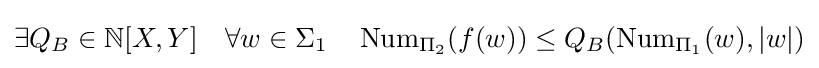
\exists Q_{B}\in \mathbb {N} [X,Y]\quad \forall w\in \Sigma _{1}\quad \operatorname {Num} _{\Pi _{2}}(f(w))\leq Q_{B}(\operatorname {Num} _{\Pi _{1}}(w),|w|)